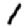
Digit: 1